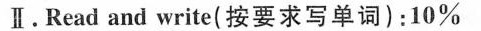
Ⅱ。Read and write(按要求写单词)：10%